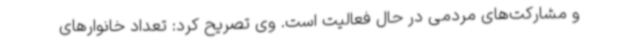
و مشارکت‌های مردمی در حال فعالیت است. وی تصریح کرد: تعداد خانوارهای